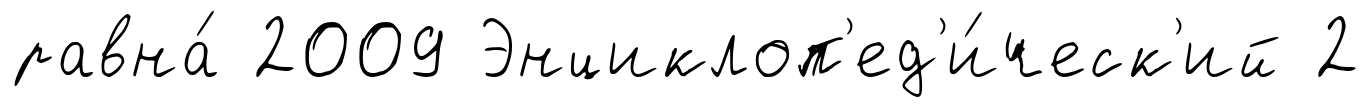
равна́ 2009 Энциклоп'ед'и́ческ'ий 2